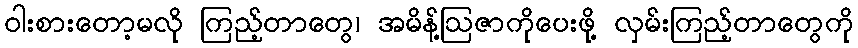
ဝါးစားတော့မလို ကြည့်တာတွေ၊ အမိန့်ဩဇာကိုပေးဖို့ လှမ်းကြည့်တာတွေကို